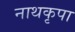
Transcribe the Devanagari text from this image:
नाथकृपा